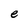
Character: e